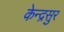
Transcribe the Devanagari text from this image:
केन्द्रसुर